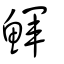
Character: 鯶